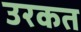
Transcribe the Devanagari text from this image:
उरकत